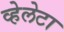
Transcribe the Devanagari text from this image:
व्हेलेटा